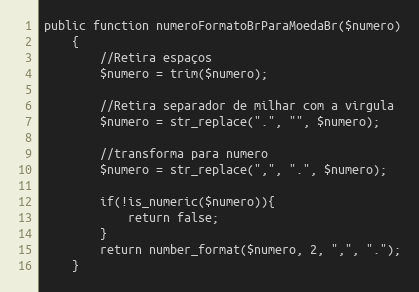
Language: PHP
public function numeroFormatoBrParaMoedaBr($numero)
    {
        //Retira espaços
        $numero = trim($numero);

        //Retira separador de milhar com a virgula
        $numero = str_replace(".", "", $numero);

        //transforma para numero
        $numero = str_replace(",", ".", $numero);

        if(!is_numeric($numero)){
            return false;
        }
        return number_format($numero, 2, ",", ".");
    }